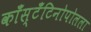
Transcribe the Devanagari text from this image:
काँस्टँटिनोपोलला